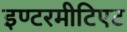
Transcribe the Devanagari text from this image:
इण्टरमीटिएट